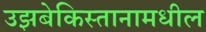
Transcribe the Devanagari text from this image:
उझबेकिस्तानामधील